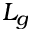
L _ { g }